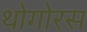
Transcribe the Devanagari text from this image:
थोगोरस